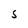
Character: S